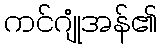
ကင်ဂျုံအန်၏